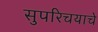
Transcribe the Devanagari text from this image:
सुपरिचयाचे